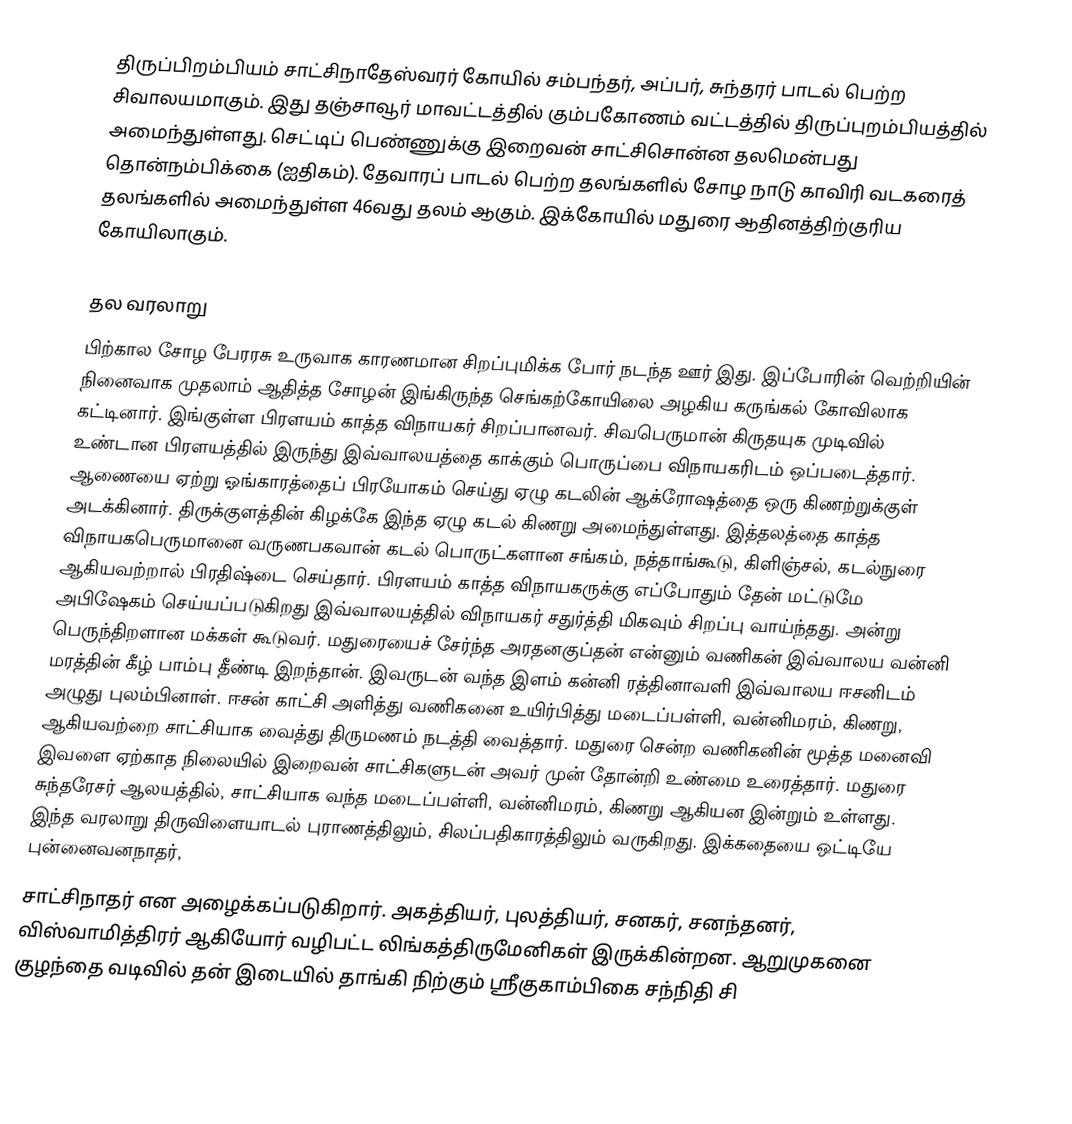
திருப்பிறம்பியம் சாட்சிநாதேஸ்வரர் கோயில் சம்பந்தர், அப்பர், சுந்தரர் பாடல் பெற்ற சிவாலயமாகும். இது  தஞ்சாவூர் மாவட்டத்தில்   கும்பகோணம் வட்டத்தில்  திருப்புறம்பியத்தில் அமைந்துள்ளது. செட்டிப் பெண்ணுக்கு இறைவன் சாட்சிசொன்ன தலமென்பது தொன்நம்பிக்கை (ஐதிகம்). தேவாரப் பாடல் பெற்ற தலங்களில் சோழ நாடு காவிரி வடகரைத் தலங்களில் அமைந்துள்ள 46வது தலம் ஆகும். இக்கோயில் மதுரை ஆதினத்திற்குரிய கோயிலாகும்.

தல வரலாறு
பிற்கால சோழ பேரரசு உருவாக காரணமான சிறப்புமிக்க போர் நடந்த ஊர் இது. இப்போரின் வெற்றியின் நினைவாக முதலாம் ஆதித்த சோழன் இங்கிருந்த செங்கற்கோயிலை அழகிய கருங்கல் கோவிலாக கட்டினார். இங்குள்ள பிரளயம் காத்த விநாயகர் சிறப்பானவர். சிவபெருமான் கிருதயுக முடிவில் உண்டான பிரளயத்தில் இருந்து இவ்வாலயத்தை காக்கும் பொருப்பை விநாயகரிடம் ஒப்படைத்தார். ஆணையை ஏற்று ஓங்காரத்தைப் பிரயோகம் செய்து ஏழு கடலின் ஆக்ரோஷத்தை ஒரு கிணற்றுக்குள் அடக்கினார். திருக்குளத்தின் கிழக்கே இந்த ஏழு கடல் கிணறு அமைந்துள்ளது. இத்தலத்தை காத்த விநாயகபெருமானை வருணபகவான் கடல் பொருட்களான சங்கம், நத்தாங்கூடு, கிளிஞ்சல், கடல்நுரை ஆகியவற்றால் பிரதிஷ்டை செய்தார். பிரளயம் காத்த விநாயகருக்கு எப்போதும் தேன் மட்டுமே அபிஷேகம் செய்யப்படுகிறது இவ்வாலயத்தில் விநாயகர் சதுர்த்தி மிகவும் சிறப்பு வாய்ந்தது. அன்று பெருந்திறளான மக்கள் கூடுவர். மதுரையைச் சேர்ந்த அரதனகுப்தன் என்னும் வணிகன் இவ்வாலய வன்னி மரத்தின் கீழ் பாம்பு தீண்டி இறந்தான். இவருடன் வந்த இளம் கன்னி ரத்தினாவளி இவ்வாலய ஈசனிடம் அழுது புலம்பினாள். ஈசன் காட்சி அளித்து வணிகனை உயிர்பித்து மடைப்பள்ளி, வன்னிமரம், கிணறு, ஆகியவற்றை சாட்சியாக வைத்து திருமணம் நடத்தி வைத்தார். மதுரை சென்ற வணிகனின் மூத்த மனைவி இவளை ஏற்காத நிலையில் இறைவன் சாட்சிகளுடன் அவர் முன் தோன்றி உண்மை உரைத்தார். மதுரை சுந்தரேசர் ஆலயத்தில், சாட்சியாக வந்த மடைப்பள்ளி, வன்னிமரம், கிணறு ஆகியன இன்றும் உள்ளது. இந்த வரலாறு திருவிளையாடல் புராணத்திலும், சிலப்பதிகாரத்திலும் வருகிறது. இக்கதையை ஒட்டியே புன்னைவனநாதர்,
சாட்சிநாதர் என அழைக்கப்படுகிறார். அகத்தியர், புலத்தியர், சனகர், சனந்தனர், விஸ்வாமித்திரர் ஆகியோர் வழிபட்ட லிங்கத்திருமேனிகள் இருக்கின்றன. ஆறுமுகனை குழந்தை வடிவில் தன் இடையில் தாங்கி நிற்கும் ஸ்ரீகுகாம்பிகை சந்நிதி சி